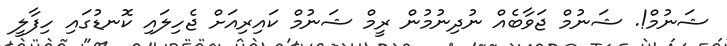
ޝަނުމް!. ޝަނުމް ޖަވާބެއް ނުދިނުމުން ރީމް ޝަނުމް ކައިރިއަށް ޖެހިލައި ކޮނޑުގައި ހިފާލީ